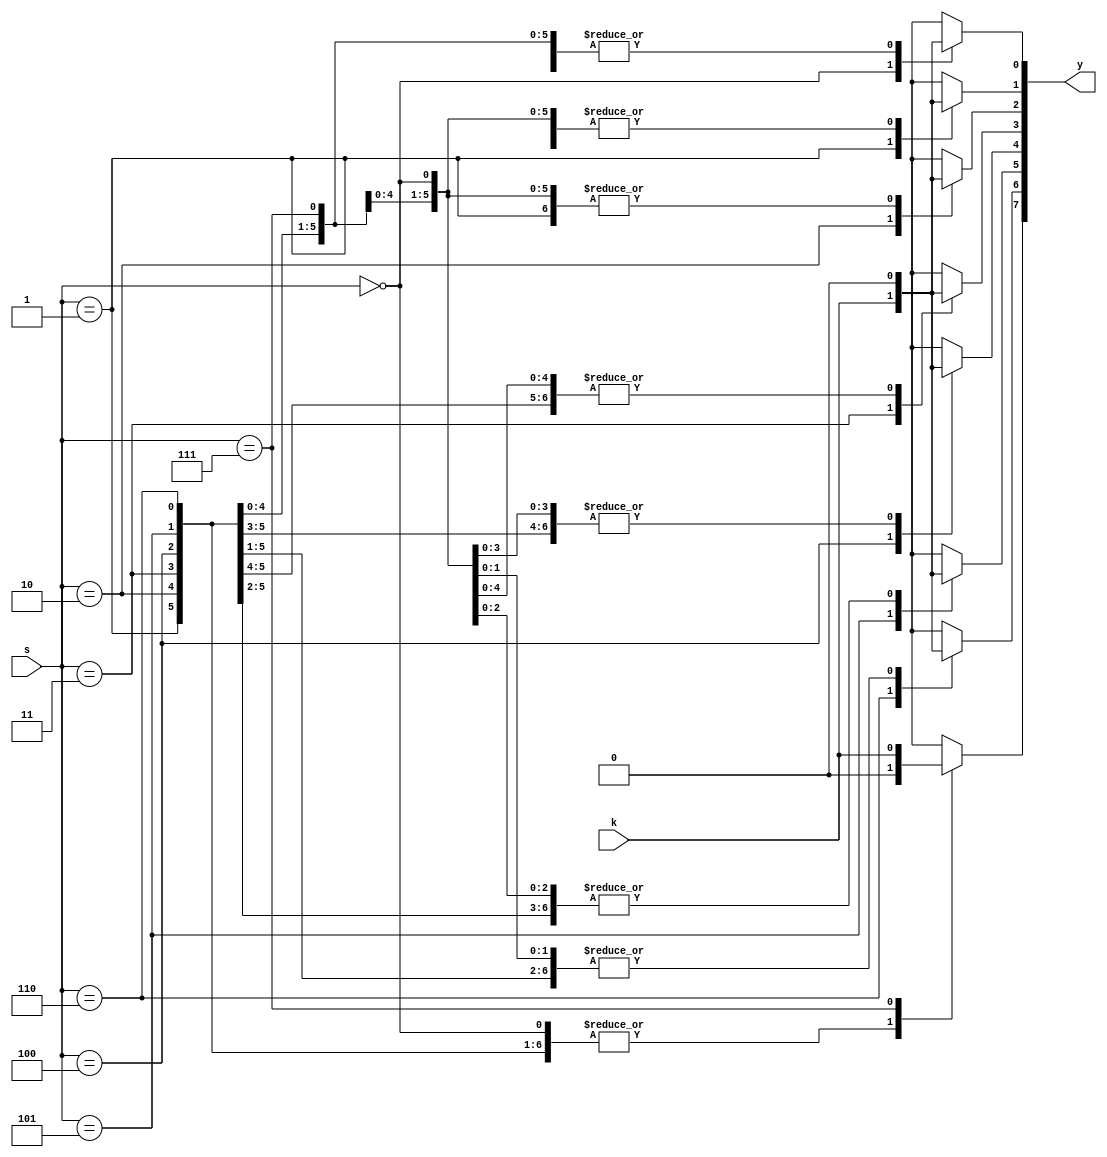
`timescale 1ns / 1ps
//////////////////////////////////////////////////////////////////////////////////
// Company: 
// Engineer: 
// 
// Design Name: 
// Module Name: demx1_8
// Project Name: 
// Target Devices: 
// Tool Versions: 
// Description: 
// 
// Dependencies: 
// 
// Revision:
// Revision 0.01 - File Created
// Additional Comments:
// 
//////////////////////////////////////////////////////////////////////////////////


module demx1_8(k,s,y);
output reg[7:0]y;
input k;
input [2:0] s;
always@(*)
begin y=0;
case(s)
3'b000: y[0]=k;
3'b001: y[1]=k;
3'b010: y[2]=k;
3'b011: y[3]=k;
3'b100: y[4]=k; 
3'b101: y[5]=k; 
3'b110: y[6]=k; 
3'b111: y[7]=k; 
 endcase
  end 
  endmodule